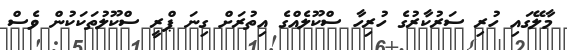
މާލޭގައި ހުރި ސަރުކާރުގެ ހުރިހާ ސްކޫލެއްގެ އިތުރަށް ގިނަ ޕްރީ ސްކޫލުތަކަކުން ވެސް